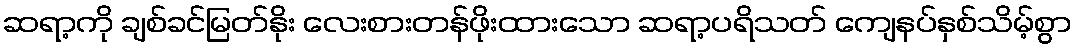
ဆရာ့ကို ချစ်ခင်မြတ်နိုး လေးစားတန်ဖိုးထားသော ဆရာ့ပရိသတ် ကျေနပ်နှစ်သိမ့်စွာ